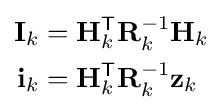
{\begin{aligned}\mathbf {I} _{k}&=\mathbf {H} _{k}^{\textsf {T}}\mathbf {R} _{k}^{-1}\mathbf {H} _{k}\\\mathbf {i} _{k}&=\mathbf {H} _{k}^{\textsf {T}}\mathbf {R} _{k}^{-1}\mathbf {z} _{k}\end{aligned}}